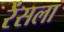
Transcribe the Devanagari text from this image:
रेंसला